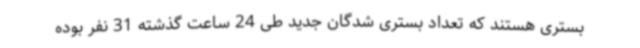
بستری هستند که تعداد بستری شدگان جدید طی 24 ساعت گذشته 31 نفر بوده